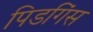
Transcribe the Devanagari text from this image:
पिडगिंस